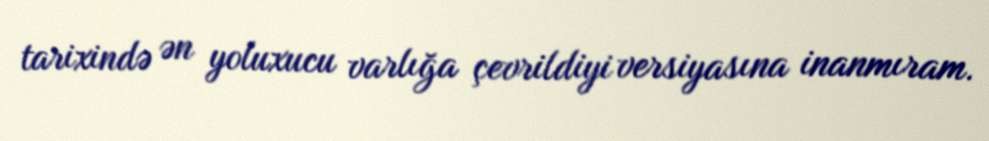
tarixində ən yoluxucu varlığa çevrildiyi versiyasına inanmıram.